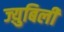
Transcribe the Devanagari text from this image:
ज्य़ुबिली